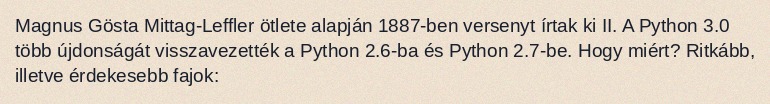
Magnus Gösta Mittag-Leffler ötlete alapján 1887-ben versenyt írtak ki II. A Python 3.0 több újdonságát visszavezették a Python 2.6-ba és Python 2.7-be. Hogy miért? Ritkább, illetve érdekesebb fajok: